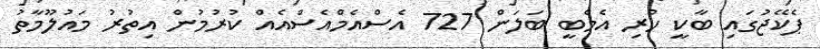
ޕެކޭޖުގައި ބާކީ ހުރި އެމްބީ ބަލަން 727 އެސްއެމްއެސްއެއް ކުރުމުން އިތުރު މައުލޫމާތު